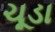
ચૂડા